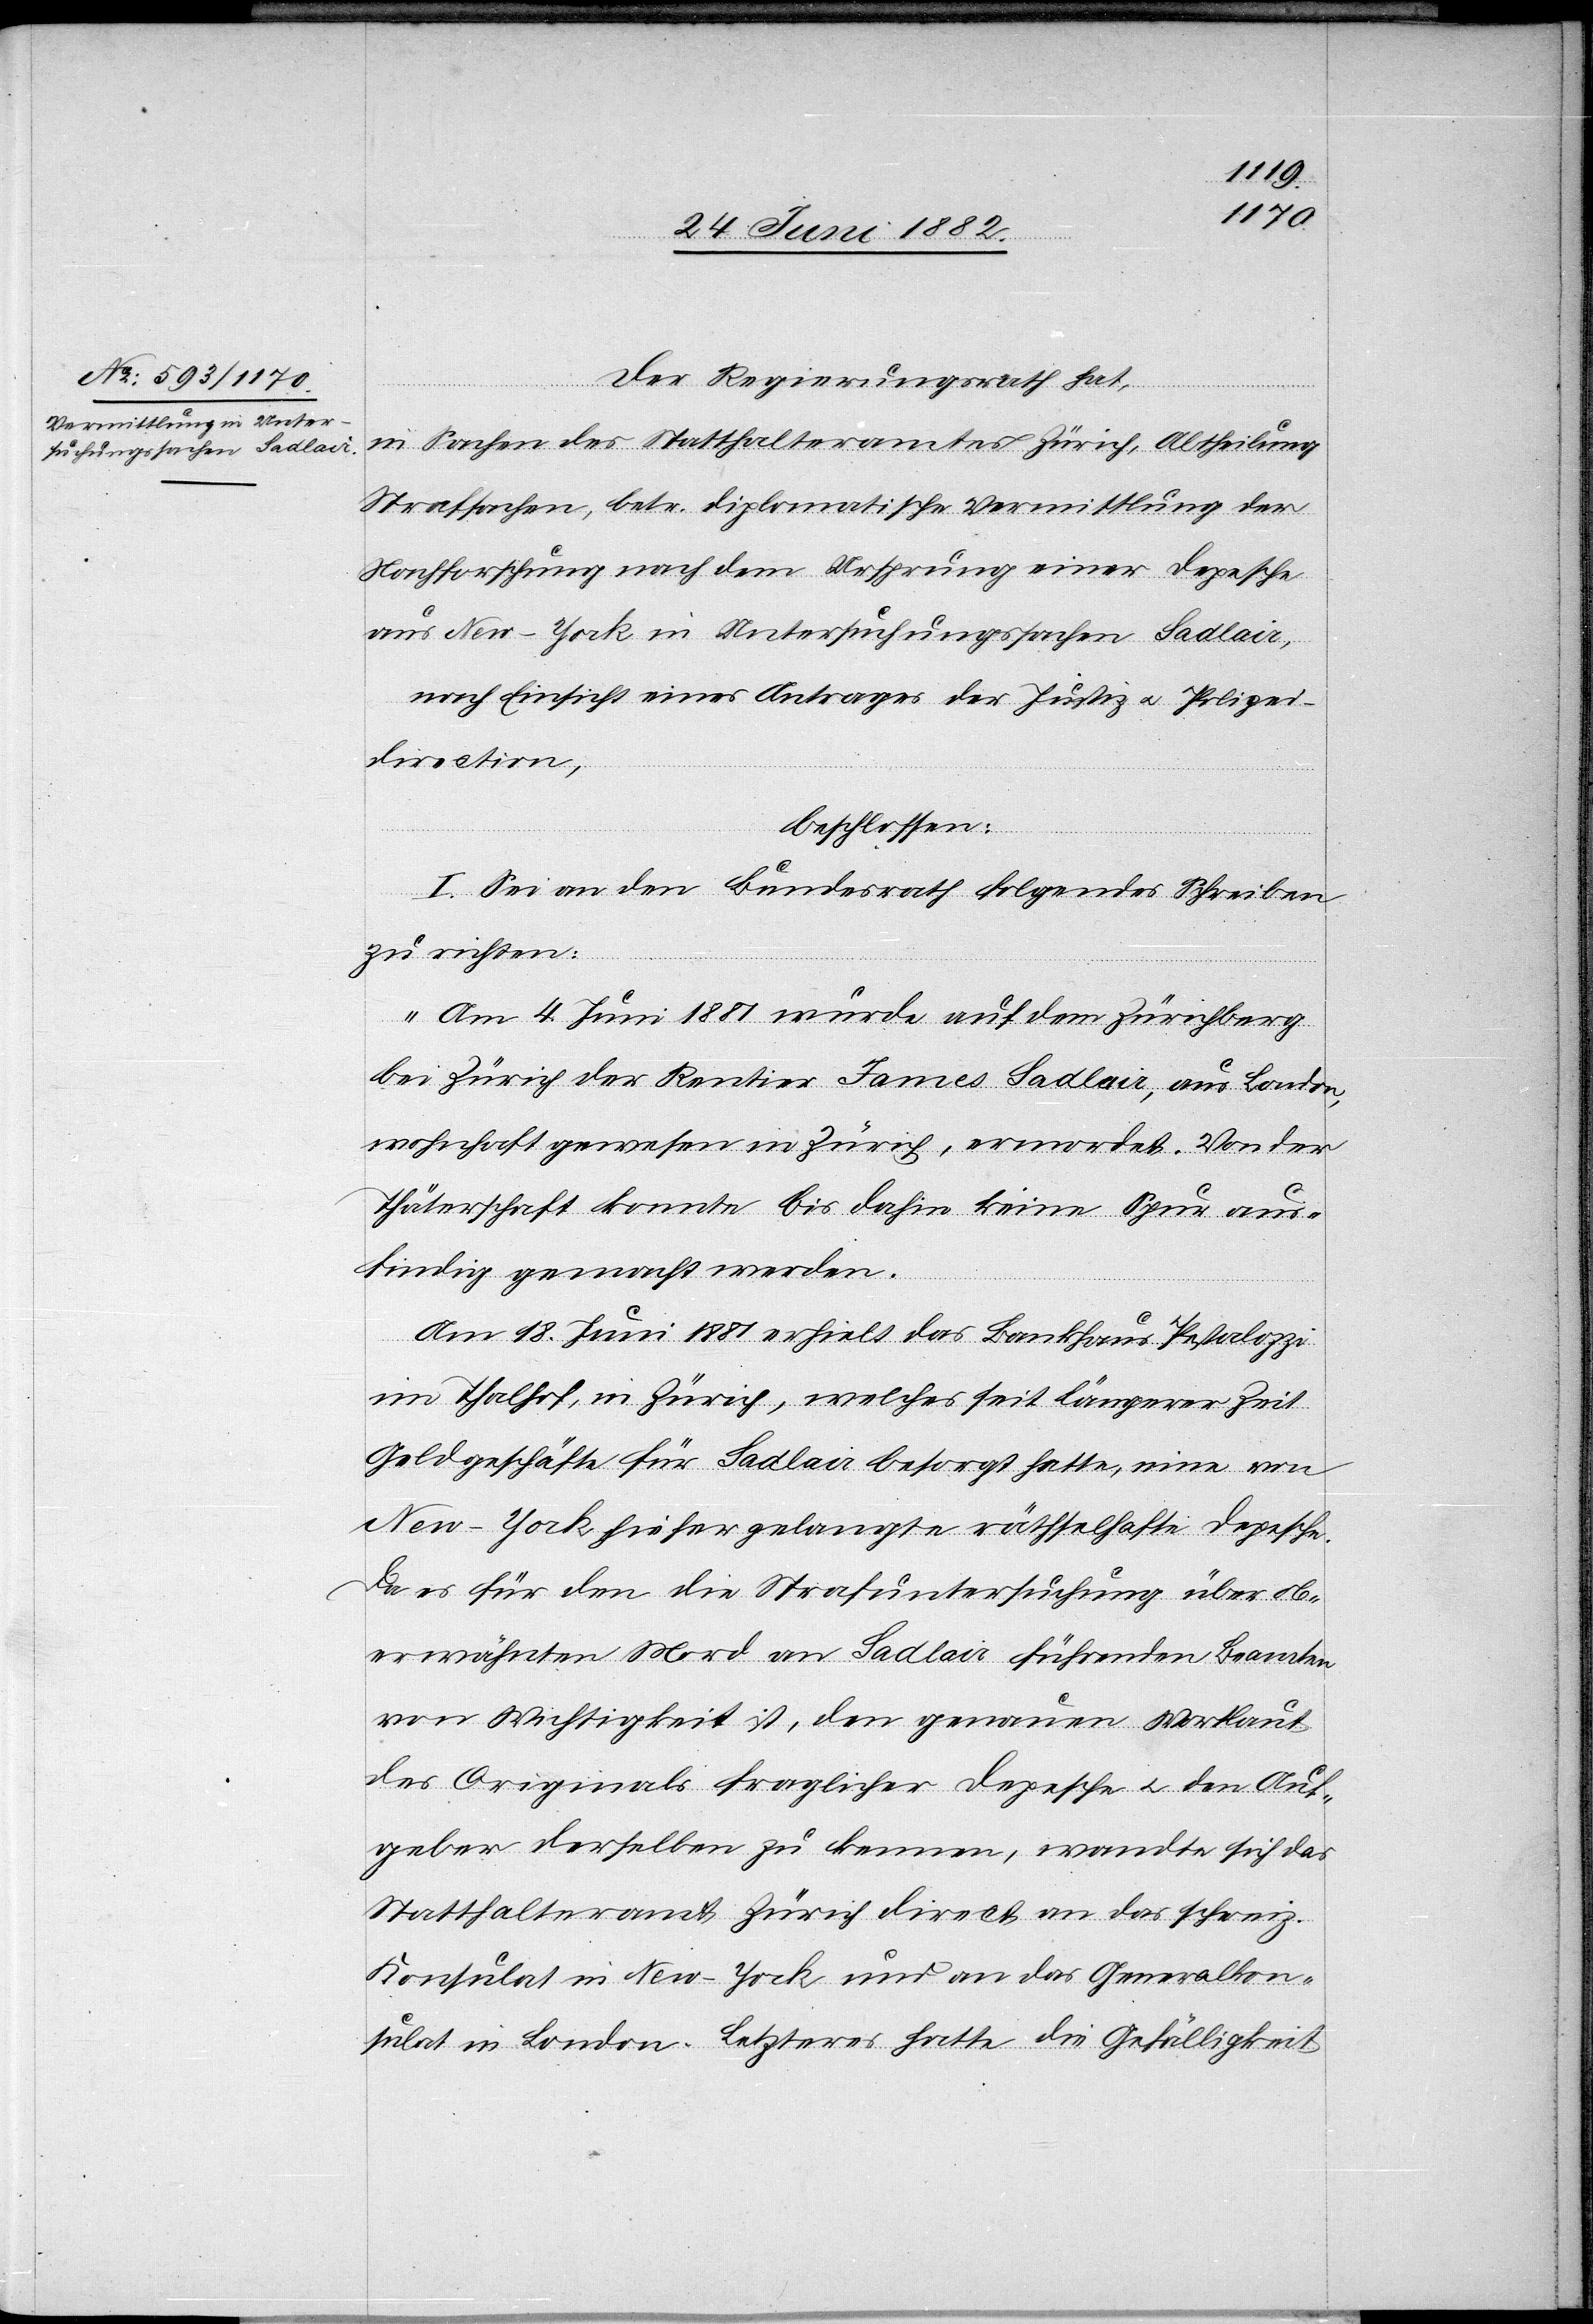
Der Regierungsrath hat,
in Sachen des Statthalteramtes Zürich, Abtheilung
Strafsachen, betr. diplomatische Vermittlung der
Nachforschung nach dem Ursprung einer Depesche
aus New-York in Untersuchungssachen Sadlair,
nach Einsicht eines Antrages der Justiz- u. Polizei¬
direction,
beschlossen:
I. Sei an den Bundesrath folgendes Schreiben
zu richten:
„Am 4. Juni 1881 wurde auf dem Zürichberg
bei Zürich der Rentier James Sadlair, aus London,
wohnhaft gewesen in Zürich, ermordet. Von der
Thäterschaft konnte bis dahin keine Spur aus¬
findig gemacht werden.
Am 18. Juni 1881 erhielt das Bankhaus Pestalozzi
im Thalhof, in Zürich, welches seit längerer Zeit
Geldgeschäfte für Sadlair besorgt hatte, eine von
New-York hieher gelangte rätselhafte Depesche.
Da es für den die Strafuntersuchung über ob¬
erwähnten Mord an Sadlair führenden Beamten
von Wichtigkeit ist, den genauen Wortlaut
des Originals fraglicher Depesche u. den Auf¬
geber derselben zu kennen, wandte sich das
Statthalteramt Zürich direct an das schweiz.
Konsulat in New-York und an das Generalkon¬
sulat in London. Letzteres hatte die Gefälligkeit